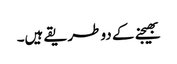
بھیجنے کے دو طریقے ہیں۔